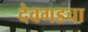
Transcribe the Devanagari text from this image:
देवगडचा